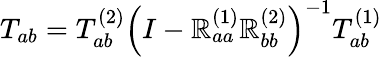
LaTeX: T_{ab}=T_{ab}^{(2)}\left(I-\mathbb{R}_{aa}^{(1)}\mathbb{R}_{bb}^{(2)}\right)^{-1}T_{ab}^{(1)}